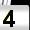
Digit: 4